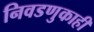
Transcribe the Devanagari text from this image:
निवडणुकाही